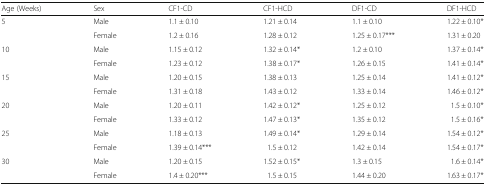
| Age (Weeks) | Sex | CF1-CD | CF1-HCD | DF1-CD | DF1-HCD |
 | --- | --- | --- | --- | --- | --- |
 | <ROWSPAN=2> 5 | Male | 1.1 ± 0.10 | 1.21 ± 0.14 | 1.1 ± 0.10 | 1.22 ± 0.10* |
 | Female | 1.2 ± 0.16 | 1.28 ± 0.12 | 1.25 ± 0.17*** | 1.31 ± 0.20 |
 | <ROWSPAN=2> 10 | Male | 1.15 ± 0.12 | 1.32 ± 0.14* | 1.2 ± 0.10 | 1.37 ± 0.14* |
 | Female | 1.23 ± 0.12 | 1.38 ± 0.17* | 1.26 ± 0.15 | 1.41 ± 0.14* |
 | <ROWSPAN=2> 15 | Male | 1.20 ± 0.15 | 1.38 ± 0.13 | 1.25 ± 0.14 | 1.41 ± 0.12* |
 | Female | 1.31 ± 0.18 | 1.43 ± 0.12 | 1.33 ± 0.14 | 1.46 ± 0.12* |
 | <ROWSPAN=2> 20 | Male | 1.20 ± 0.11 | 1.42 ± 0.12* | 1.25 ± 0.12 | 1.5 ± 0.10* |
 | Female | 1.33 ± 0.12 | 1.47 ± 0.13* | 1.35 ± 0.12 | 1.5 ± 0.16* |
 | <ROWSPAN=2> 25 | Male | 1.18 ± 0.13 | 1.49 ± 0.14* | 1.29 ± 0.14 | 1.54 ± 0.12* |
 | Female | 1.39 ± 0.14*** | 1.5 ± 0.12 | 1.42 ± 0.14 | 1.54 ± 0.17* |
 | <ROWSPAN=2> 30 | Male | 1.20 ± 0.15 | 1.52 ± 0.15* | 1.3 ± 0.15 | 1.6 ± 0.14* |
 | Female | 1.4 ± 0.20*** | 1.5 ± 0.15 | 1.44 ± 0.20 | 1.63 ± 0.17* |